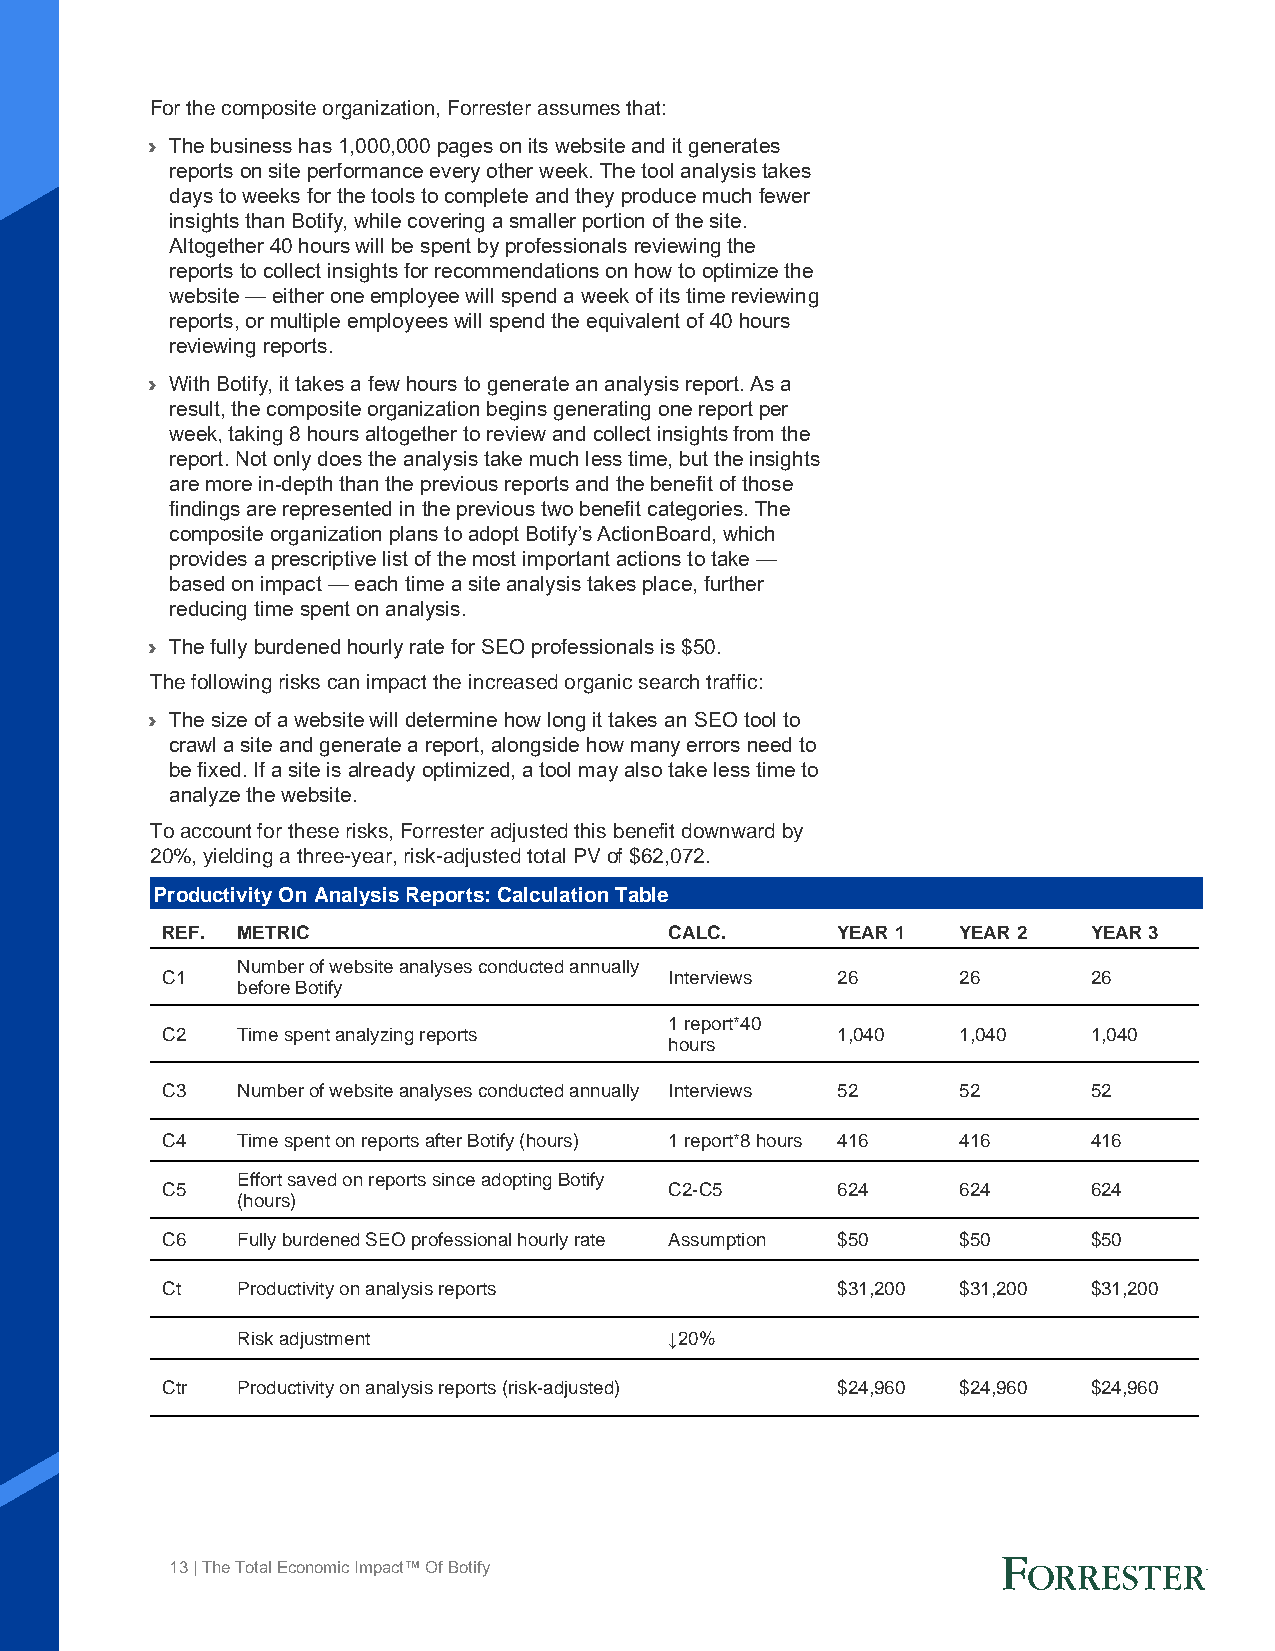
For the composite organization, Forrester assumes that:
 › The business has 1,000,000 pages on its website and it generates
 reports on site performance every other week. The tool analysis takes
 days to weeks for the tools to complete and they produce much fewer
 insights than Botify, while covering a smaller portion of the site.
 Altogether 40 hours will be spent by professionals reviewing the
 reports to collect insights for recommendations on how to optimize the
 website — either one employee will spend a week of its time reviewing
 reports, or multiple employees will spend the equivalent of 40 hours
 reviewing reports.
 › With Botify, it takes a few hours to generate an analysis report. As a
 result, the composite organization begins generating one report per
 week, taking 8 hours altogether to review and collect insights from the
 report. Not only does the analysis take much less time, but the insights
 are more in-depth than the previous reports and the benefit of those
 findings are represented in the previous two benefit categories. The
 composite organization plans to adopt Botify’s ActionBoard, which
 provides a prescriptive list of the most important actions to take —
 based on impact — each time a site analysis takes place, further
 reducing time spent on analysis.
 › The fully burdened hourly rate for SEO professionals is $50.
 The following risks can impact the increased organic search traffic:
 › The size of a website will determine how long it takes an SEO tool to
 crawl a site and generate a report, alongside how many errors need to
 be fixed. If a site is already optimized, a tool may also take less time to
 analyze the website.
 To account for these risks, Forrester adjusted this benefit downward by
 20%, yielding a three-year, risk-adjusted total PV of $62,072.
 Productivity On Analysis Reports: Calculation Table
 REF. METRIC                      CALC.      YEAR 1   YEAR 2  YEAR 3
 Number of website analyses conducted annually
 C1                               Interviews 26       26      26
 before Botify
 1 report*40
 C2   Time spent analyzing reports           1,040    1,040   1,040
 hours
 C3   Number of website analyses conducted annually Interviews 52 52 52
 C4   Time spent on reports after Botify (hours) 1 report*8 hours 416 416 416
 Effort saved on reports since adopting Botify
 C5                               C2-C5      624      624     624
 (hours)
 C6   Fully burdened SEO professional hourly rate Assumption $50 $50 $50
 Ct   Productivity on analysis reports       $31,200  $31,200 $31,200
 Risk adjustment             ↓20%
 Ctr  Productivity on analysis reports (risk-adjusted) $24,960 $24,960 $24,960
 13 | The Total Economic Impact™ Of Botify